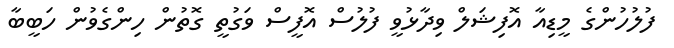
ފުލުހުންގެ މީޑިއާ އޮފިޝަލް ވިދާޅުވީ ފުލުސް އޮފީސް ވަގުތީ ގޮތުން ހިންގެވުން ހަބީބާ